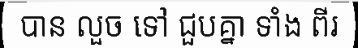
បាន លួច ទៅ ជួបគ្នា ទាំង ពីរ